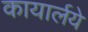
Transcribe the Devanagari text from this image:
कायार्लये